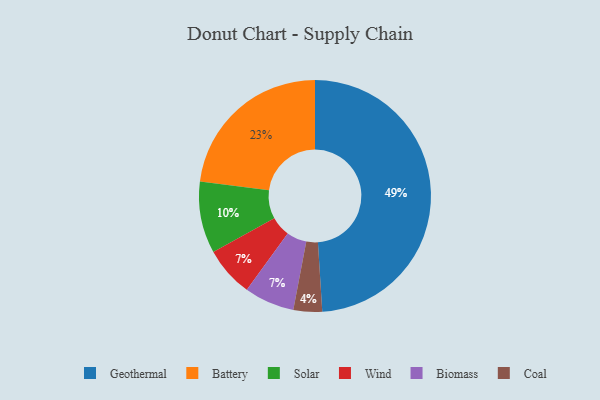
{"axis": {"x": "Category", "y": "Percentage"}, "legend": ["Battery", "Biomass", "Coal", "Geothermal", "Solar", "Wind"], "data": [{"x": "Solar", "y": 10, "type": "Solar"}, {"x": "Geothermal", "y": 49, "type": "Geothermal"}, {"x": "Battery", "y": 23, "type": "Battery"}, {"x": "Coal", "y": 4, "type": "Coal"}, {"x": "Wind", "y": 7, "type": "Wind"}, {"x": "Biomass", "y": 7, "type": "Biomass"}]}